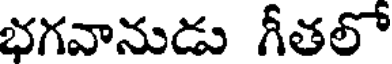
భగవానుడు గీతలో